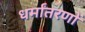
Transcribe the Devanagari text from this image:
धर्मांतरणों